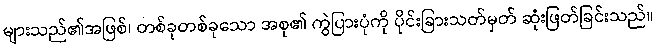
များသည်၏အဖြစ်၊ တစ်ခုတစ်ခုသော အစု၏ ကွဲပြားပုံကို ပိုင်းခြားသတ်မှတ် ဆုံးဖြတ်ခြင်းသည်။